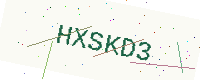
Text: HXSKD3